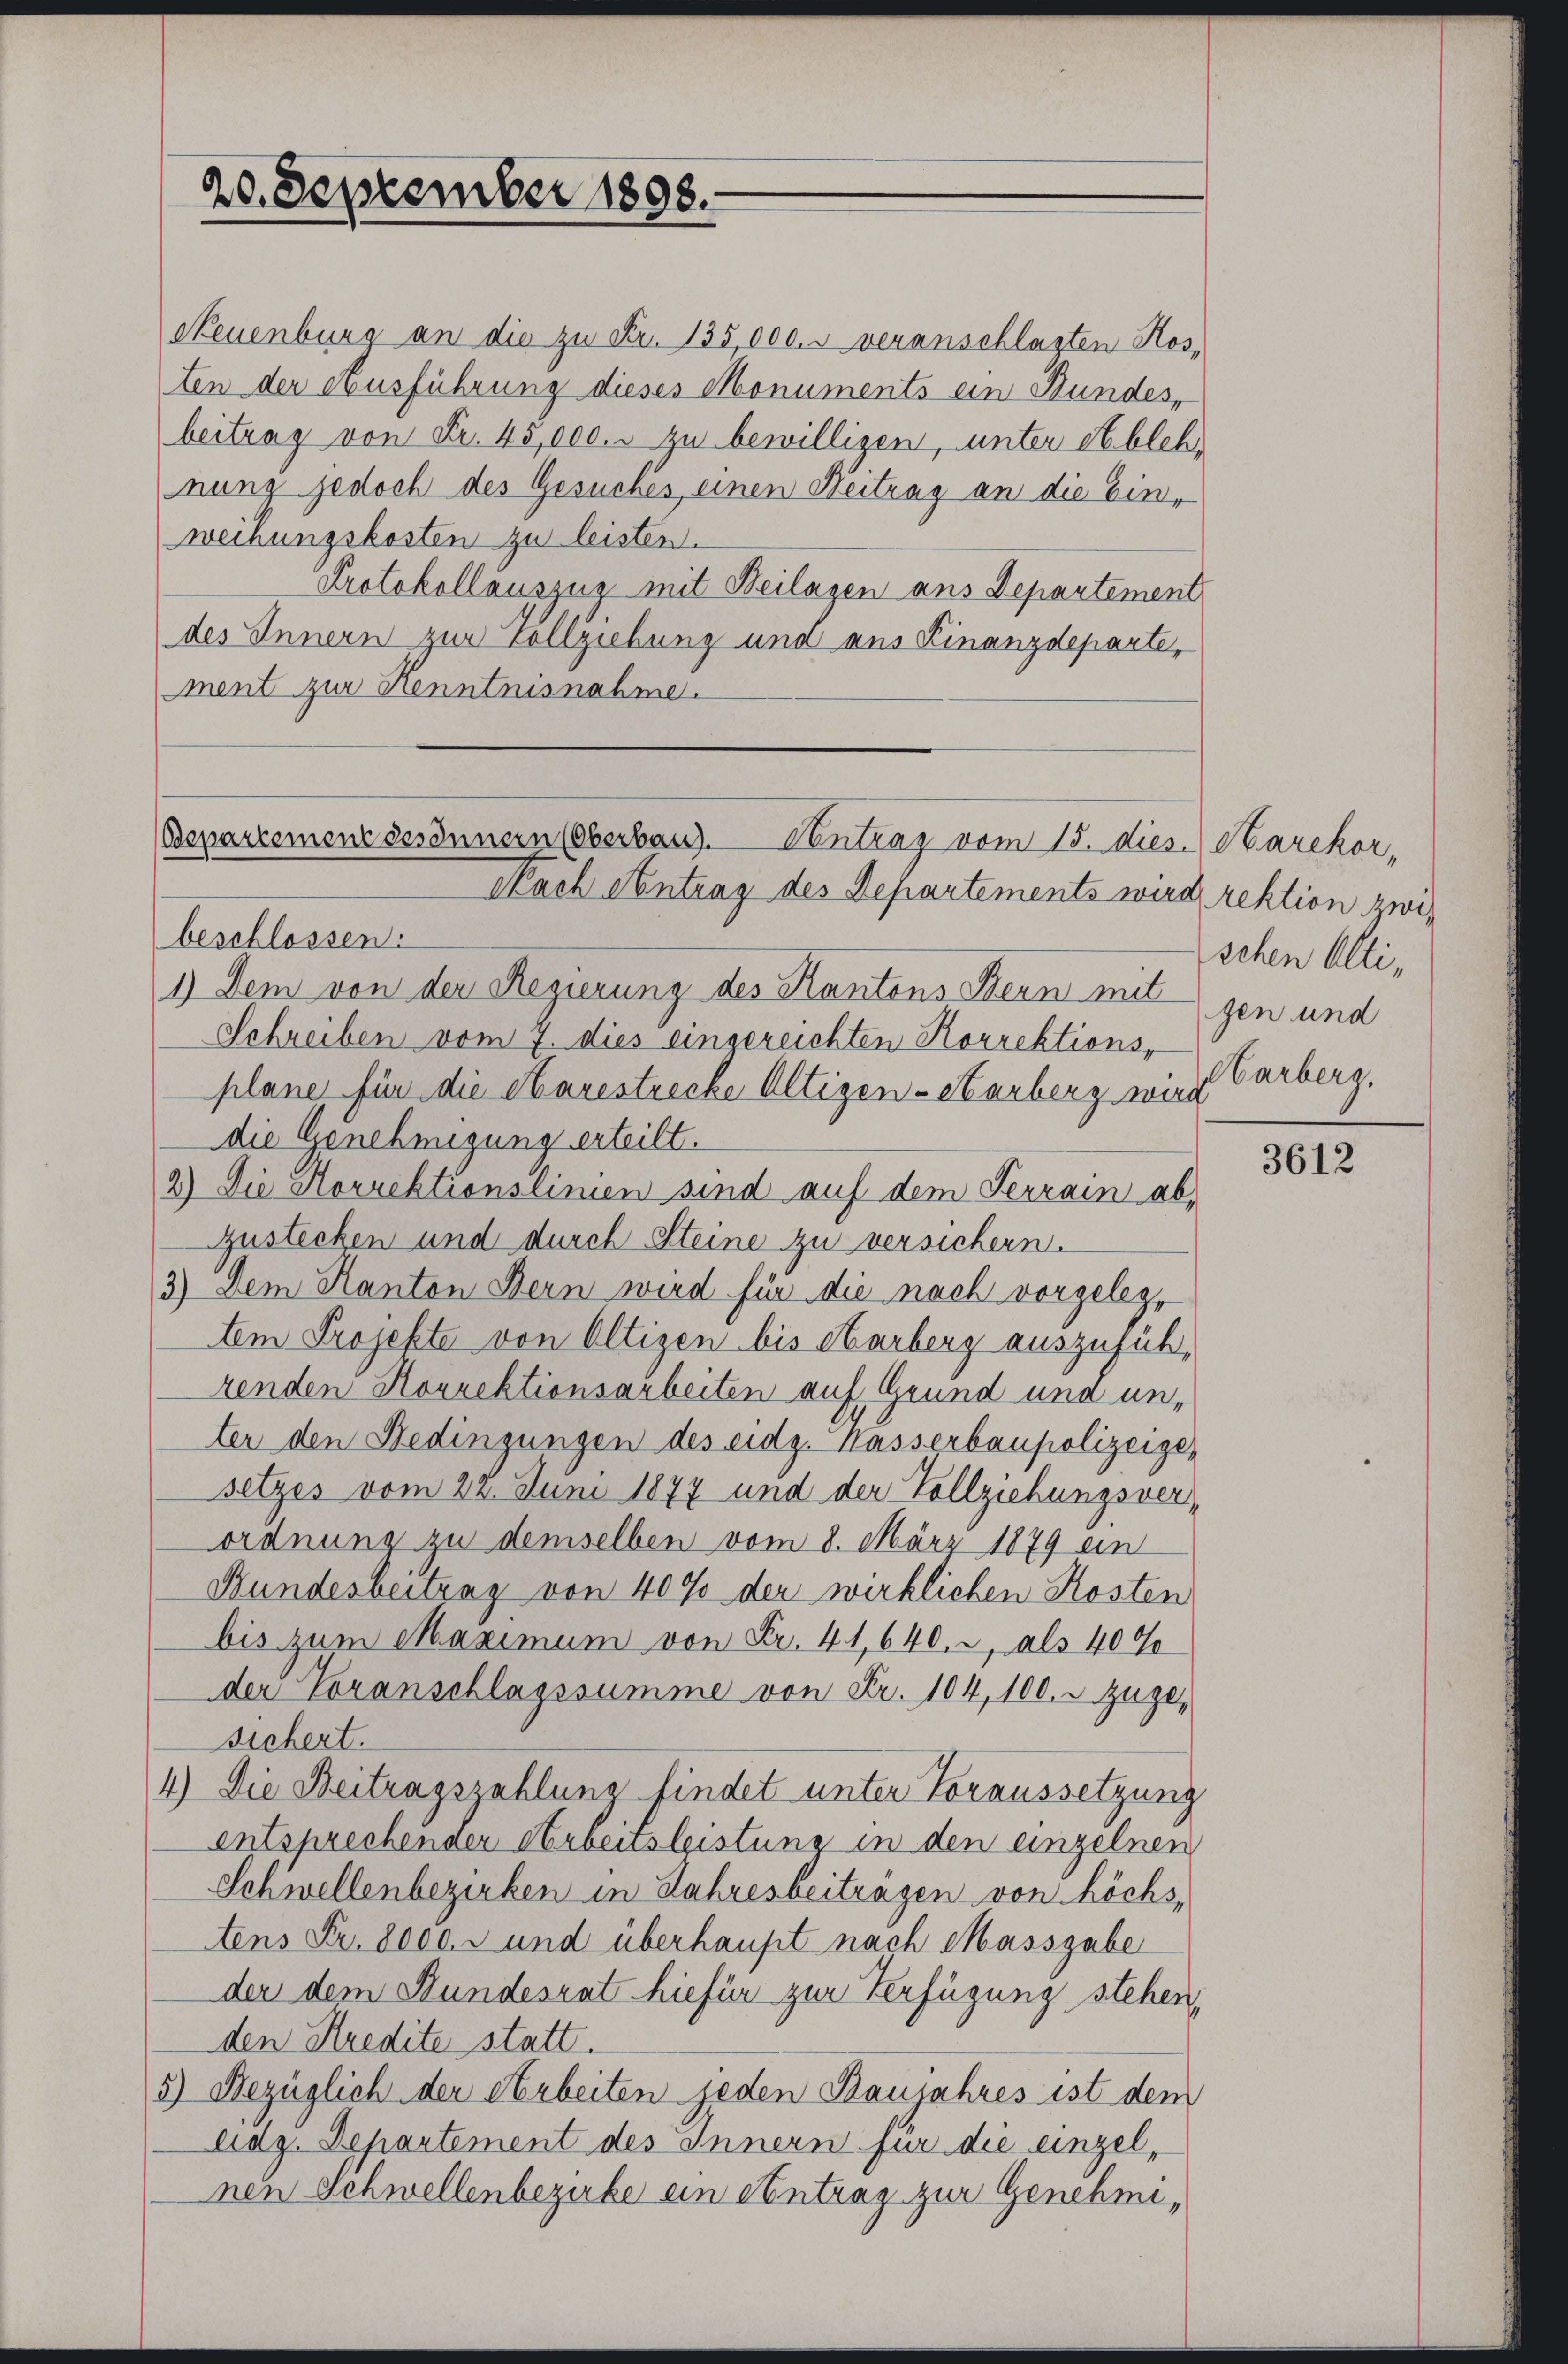
20. September 1898.

Neuenburg an die zu Fr. 135,000. u veranschlagten Hos,
ten der Ausführung dieses Monuments ein Bundes,
beitrag von Fr. 45,000. zu bewilligen, unter Ableh
nung jedoch des Gesuches einen Neitrag an die Einweihungskosten zu leisten.
Protokollauszug mit Beilagen aus Departement
des Innern zur Vollziehung und aus Finanzdeparte,
ment zur Kenntnisnahme.

Departementsesinnern (Oberbau.
Centrag vom 15. dies. Harekor¬
Nach Antrag des Departements wird rektion zwi¬

beschlossen.
1.) Dem von der Regierung des Kantons Bern mitgen und
Schreiben vom 7. dies eingereichten Korrektions,
plane für die Bauestrecke Altigen-Starberg wird
die Genehmigung erteilt.
2) Die Horrektionslinien sind auf dem Terrain ab-
Zustecken und durch Steine zu versichern.
3) Dem Kanton Bern wird für die nach vorgelegtem Projekte von Oltizen bis Harberg auszuführenden Horrektionsarbeiten auf Grund und unter den Bedingungen des eidg. Wasserbaupolizeige-
setzes vom 22. Juni 1877 und der Vollziehungsverordnung zu demselben vom 8. März 1879 ein
Bundesbeitrag von 40% der wirklichen Kosten
bis zum Maximum von Fr. 41,640. 2, als 40%
der Voranschlagssumme von Fr. 104, 100. r. zuge-
sichert.
4) Die Beitragszahlung findet unter Voraussetzung
entsprechenden Arbeitsleistung in den einzelnen
Schwellenbezirken in Jahresbeitragen von höchstens Fr. 8000.- und überhaupt nach Massgabe
der dem Bundesrat hiefür zur Verfügung stehen,
den Kredite statt.
5) Bezüglich der Arbeiten jeden Baujahres ist dem
ldz. Departement des Innern für die einzelnen Schwellenbezirke ein Antrag zur Genehmi¬

schen Alti¬
Harberg.

3612